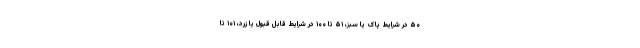
۵۰ در شرایط پاک یا سبز، ۵۱ تا ۱۰۰ در شرایط قابل قبول یا زرد، ۱۰۱ تا